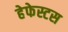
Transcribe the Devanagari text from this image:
हेफेस्टस